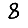
Digit: 8